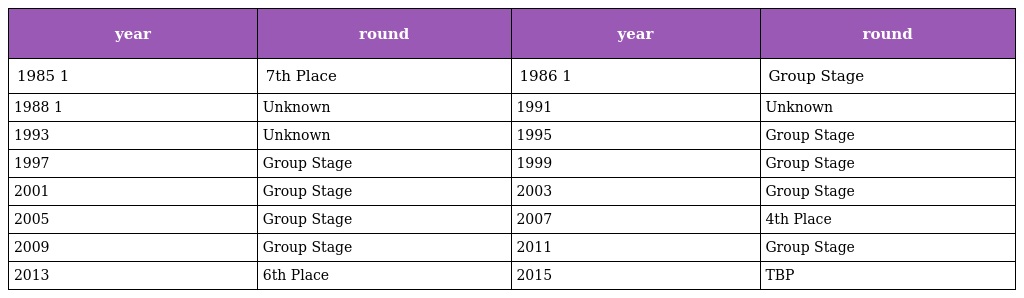
| year | round | year | round |
 | --- | --- | --- | --- |
 | 1985 1 | 7th Place | 1986 1 | Group Stage |
 | 1988 1 | Unknown | 1991 | Unknown |
 | 1993 | Unknown | 1995 | Group Stage |
 | 1997 | Group Stage | 1999 | Group Stage |
 | 2001 | Group Stage | 2003 | Group Stage |
 | 2005 | Group Stage | 2007 | 4th Place |
 | 2009 | Group Stage | 2011 | Group Stage |
 | 2013 | 6th Place | 2015 | TBP |